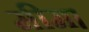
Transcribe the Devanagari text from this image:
मीम।